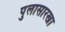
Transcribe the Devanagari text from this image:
पुलासारखा